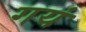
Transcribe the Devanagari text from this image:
गयं